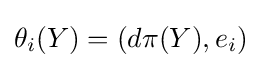
\theta _{i}(Y)=(d\pi (Y),e_{i})